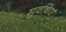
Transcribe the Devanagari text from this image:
सुवधिाएं